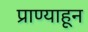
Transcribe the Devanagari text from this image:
प्राण्याहून